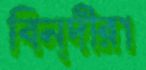
বিন্দীরা